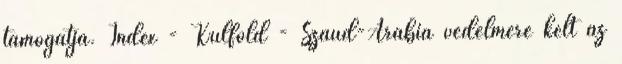
támogatja. Index - Külföld - Szaúd-Arábia védelmére kelt az